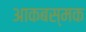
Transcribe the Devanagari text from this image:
आकबस्मक